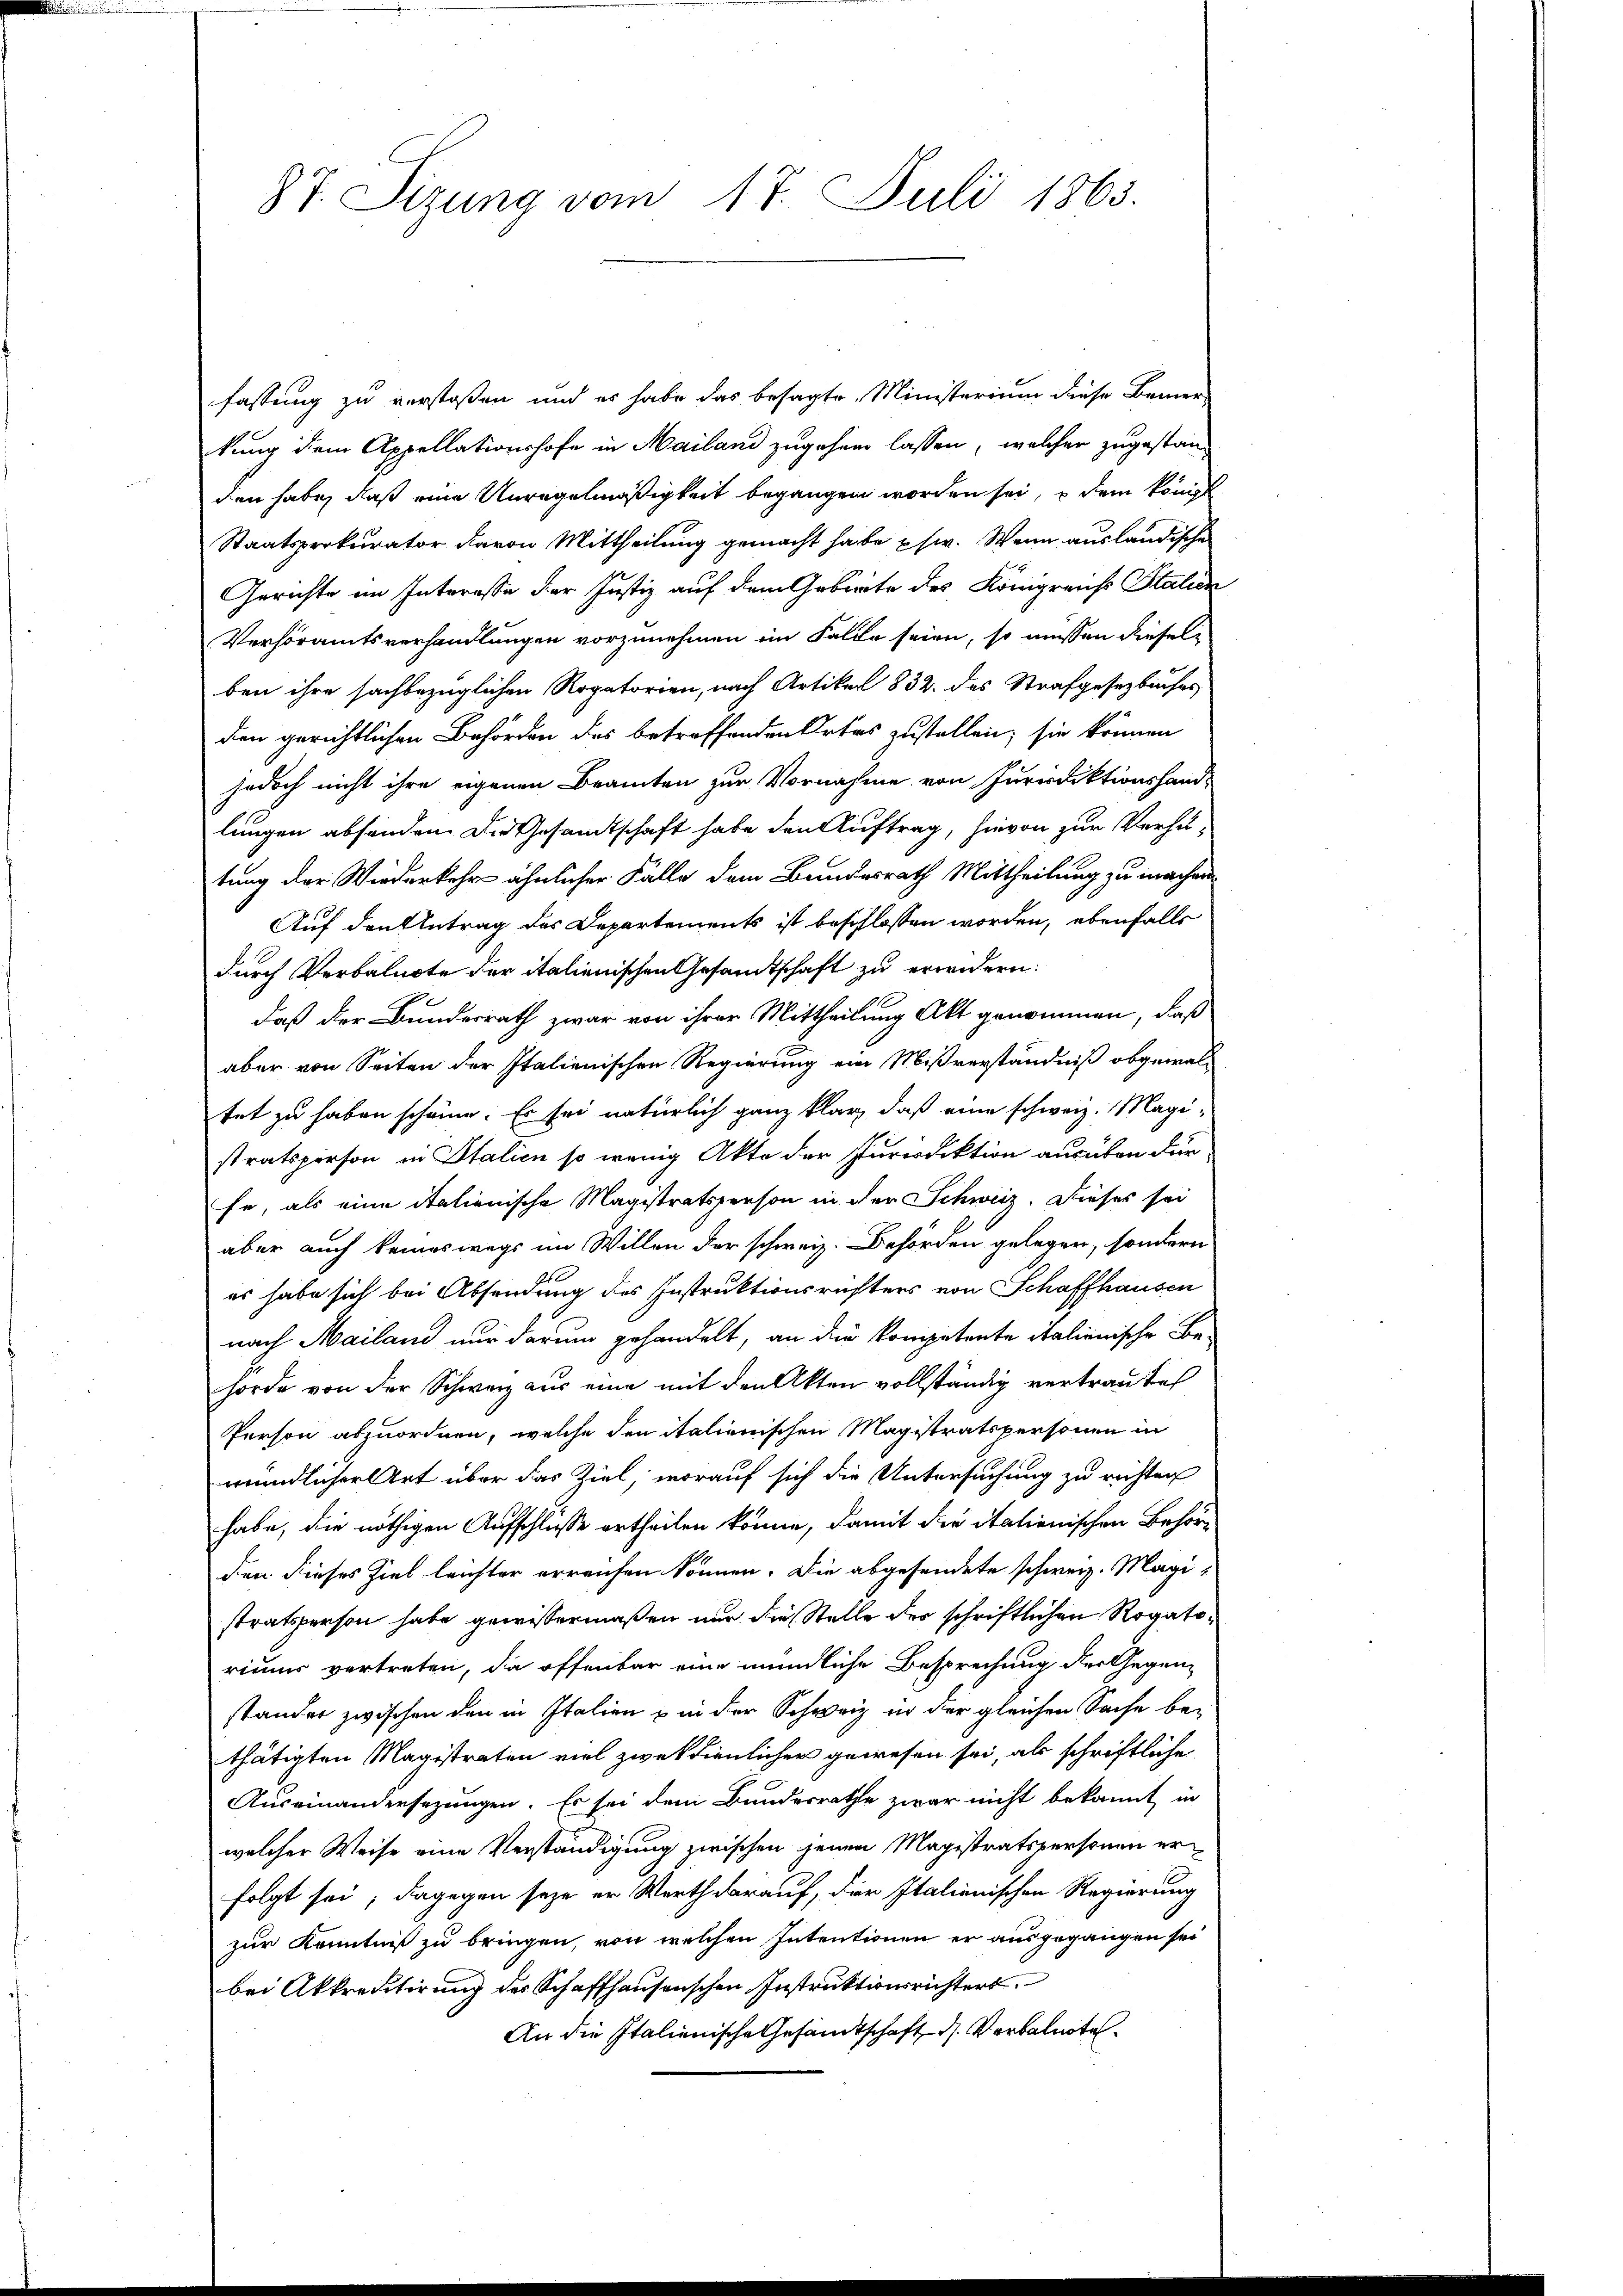
87. Sizung vom 17. Juli 1863.

fassung zu verstoßen und es habe das besagte Ministerium diese Bemer-
kung dem Appellationshofe in Mailand zugehen lassen, welcher zugestan-
den habe, daß eine Unregelmäßigkeit begangen worden sei, u dem königl
Staatsprokurator davon Mittheilung gemacht habe usw. Wenn ausländische
Gerichte im Interesse der Justiz auf dem Gebiete des Königreich Stalien
Verhöramtsverhandlungen vorzunehmen im Falle seien, so müssen diesel-
ben ihre sachbezüglichen Rogatorien, nach Artikel 832. des Strafgesetzbuches
den gerichtlichen Behörden des betreffenden Ortes zustellen; sie können
jedoch nicht ihre eigenen Beamten zur Vornahme von Jurrdiktionshand-
lungen absenden. Die Gesandtschaft habe den Auftrag, hievon zur Verhätung der Wiederkehr ähnlicher Fälle dem Bundesrath Mittheilung zu machen
Auf den Antrag des Departements ist beschlossen worden, ebenfalls
durch Verbalnote der italienischen Gesandtschaft zu erwidern:
daß der Bundesrath zwar von ihrer Mittheilung Akt genommen, daß
aber von Seiten der Italienischen Regierung ein Mißverständniß obgewaltet zu haben scheine. Er sei natürlich ganz klar, daß eine schweiz. Magistratsperson in Italien so wenig Akte der Jurisdiktion ausüben dür
fe, als eine italienische Magistratsperson in der Schweiz. Dieses sei
aber auch keineswegs im Willen der schweiz. Behörden gelegen, sondern
es habe sich bei Absendung des Instruktionsrichters von Schaffhausen
nach Mailand nur darum gehandelt, an die kompetente italienische Behörde von der Schweiz aus eine mit den Akten vollständig vertraute
Person abzuordnen, welche den italienischen Magistratspersonen in
mündlicher Art über das Ziel, worauf sich die Untersuchung zu richten
habe, die nöthigen Aufschlüsse ertheilen könne, damit die italienischen Behörden dieses Ziel leichter erraufen können. Die abgesendete schweiz. Magistratsperson habe gewissermaßen nur die Stelle der schriftlichen Rogatoriums vertreten, da offenbar eine mündliche Besprechung der Gegen-
stander zwischen den in Italien & in der Schweiz in der gleichen Sache be-
thätigten Magistraten viel zweckdienlicher gewesen sei, als schriftliche
Auseinandersezungen. Es sei dem Bundesrathe zwar nicht bekannt in
welcher Weise eine Verständigung zwischen jenem Magistratspersonen erfolgt sei; dagegen seye er Werth darauf, der Italienischen Regierung
zur Kenntniß zu bringen, von welchen Intentionen er ausgegangen sei
bei Akkreditirung des Schaffhausenschen Instruktionsrichters
An die Italienische Gesandtschaft d. Verbalnote